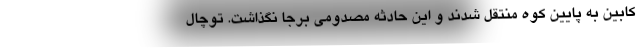
کابین به پایین کوه منتقل شدند و این حادثه مصدومی برجا نگذاشت. توچال